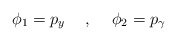
\begin{align*}\phi_1=p_y\hspace{5mm},\hspace{5mm}\phi_2=p_\gamma\end{align*}